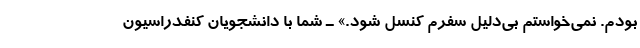
بودم. نمی‌خواستم بی‌دلیل سفرم کنسل شود.» ـ شما با دانشجویان کنفدراسیون